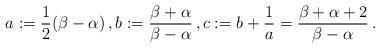
LaTeX: \begin{align*}a:=\frac{1}{2}(\beta-\alpha)\,,b:=\frac{\beta+\alpha}{\beta-\alpha}\,,c:=b+\frac{1}{a}=\frac{\beta+\alpha+2}{\beta-\alpha}\,.\end{align*}